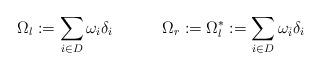
LaTeX: \begin{align*}\Omega_l:=\sum_{i\in D} \omega_i \delta_i\quad\quad\quad\Omega_r:=\Omega_l^*:=\sum_{i\in D} \omega_{\bar i} \delta_i \end{align*}